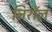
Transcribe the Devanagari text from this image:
निरॉल